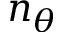
n _ { \theta }